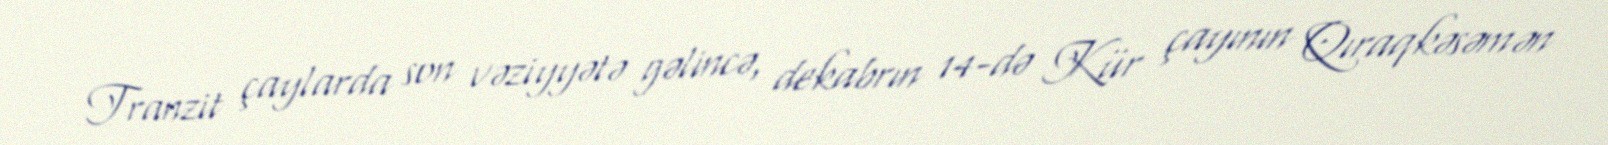
Tranzit çaylarda son vəziyyətə gəlincə, dekabrın 14-də Kür çayının Qıraqkəsəmən